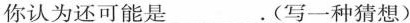
你认为还可能是___.(写一种猜想)